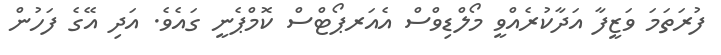
ފުރަތަމަ ވަޒީފާ އަދާކުރެއްވީ މޯލްޑިވްސް އެއަރޕޯޓްސް ކޮމްޕެނީ ގައެވެ. އަދި އޭގެ ފަހުން